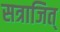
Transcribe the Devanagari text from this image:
सत्राजित्